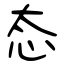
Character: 态